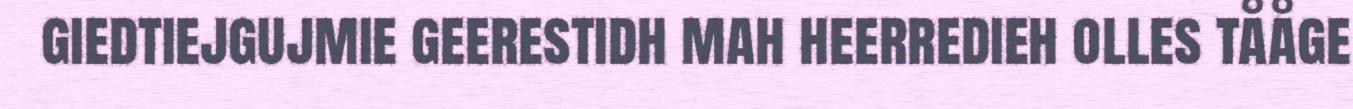
giedtiejgujmie geerestidh mah heerredieh olles tååge